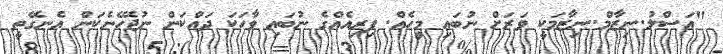
"އަސްލު..ނިޒާމް..ނިޒާމަކީ ވަރަށް ނުބައި މީހެއް. ފިރިއެއްގެ ނުބައި ވާހަކަ ދައްކަން ނުޖެހޭނެކަން އެނގޭތީ